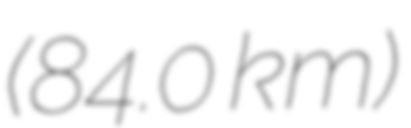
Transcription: (84.0 km)